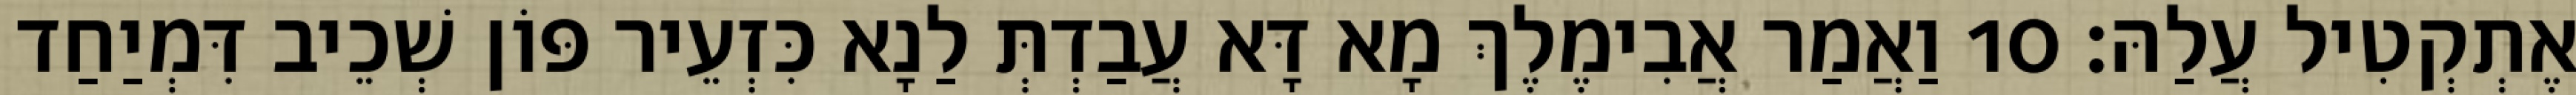
אֶתְקְטִיל עֲלַהּ׃ 10 וַאֲמַר אֲבִימֶלֶךְ מָא דָּא עֲבַדְתְּ לַנָא כִּזְעֵיר פּוֹן שְׁכֵיב דִּמְיַחַד